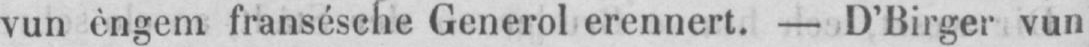
vun èngem fransésche Generol erennert. - D’Birger vun